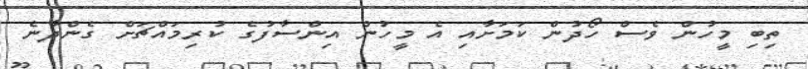
ތިބި މީހުން ވެސް ހޯދުން ކަމަށާއި އެ މީހުން އިންސާފުގެ ކުރިމައްޗަށް ގެންދާނެ